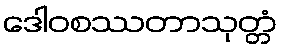
ဒေါဝစဿတာသုတ္တံ